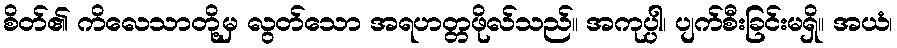
စိတ်၏ ကိလေသာတို့မှ လွတ်သော အရဟတ္တဖိုလ်သည်။ အကုပ္ပါ၊ ပျက်စီးခြင်းမရှိ။ အယံ၊